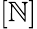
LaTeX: [\mathbb{N}]